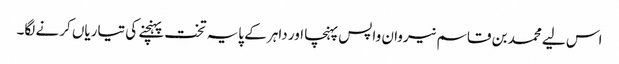
اس لیے محمد بن قاسم نیروان واپس پہنچا اور داہر کے پایہ تخت پہنچنے کی تیاریاں کرنے لگا۔